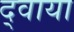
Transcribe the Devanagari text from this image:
द्वाया